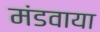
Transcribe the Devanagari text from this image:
मंडवाया